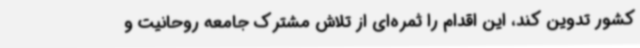
کشور تدوین کند، این اقدام را ثمره‌ای از تلاش مشترک جامعه روحانیت و